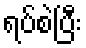
ရပ်စဲပြီး